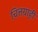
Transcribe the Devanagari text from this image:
चित्तग्राही